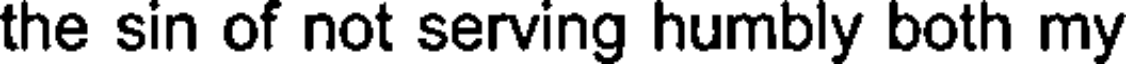
the sin of not serving humbly both my